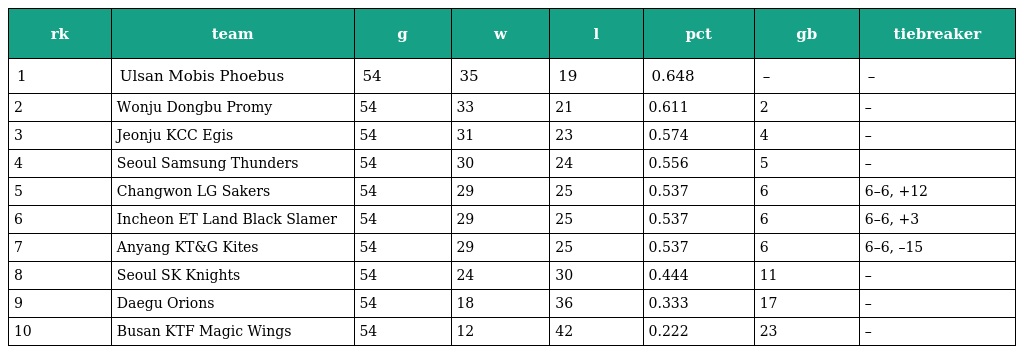
| rk | team | g | w | l | pct | gb | tiebreaker |
 | --- | --- | --- | --- | --- | --- | --- | --- |
 | 1 | Ulsan Mobis Phoebus | 54 | 35 | 19 | 0.648 | – | – |
 | 2 | Wonju Dongbu Promy | 54 | 33 | 21 | 0.611 | 2 | – |
 | 3 | Jeonju KCC Egis | 54 | 31 | 23 | 0.574 | 4 | – |
 | 4 | Seoul Samsung Thunders | 54 | 30 | 24 | 0.556 | 5 | – |
 | 5 | Changwon LG Sakers | 54 | 29 | 25 | 0.537 | 6 | 6–6, +12 |
 | 6 | Incheon ET Land Black Slamer | 54 | 29 | 25 | 0.537 | 6 | 6–6, +3 |
 | 7 | Anyang KT&G Kites | 54 | 29 | 25 | 0.537 | 6 | 6–6, –15 |
 | 8 | Seoul SK Knights | 54 | 24 | 30 | 0.444 | 11 | – |
 | 9 | Daegu Orions | 54 | 18 | 36 | 0.333 | 17 | – |
 | 10 | Busan KTF Magic Wings | 54 | 12 | 42 | 0.222 | 23 | – |